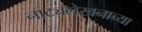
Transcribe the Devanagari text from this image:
नाट्यलेखनाच्या